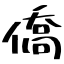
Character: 僑